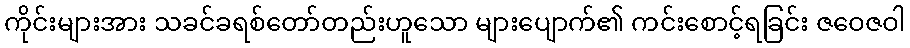
ကိုင်းများအား သခင်ခရစ်တော်တည်းဟူသော များပျောက်၏ ကင်းစောင့်ရခြင်း ဇဝေဇဝါ